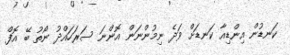
ކަނޑުން އިންޑިއާ ކަނޑަށް ވަދެ ނިމުންނަން އޮންނަ ސަރަހައްދު ނޯތު ބޭ އޮފް